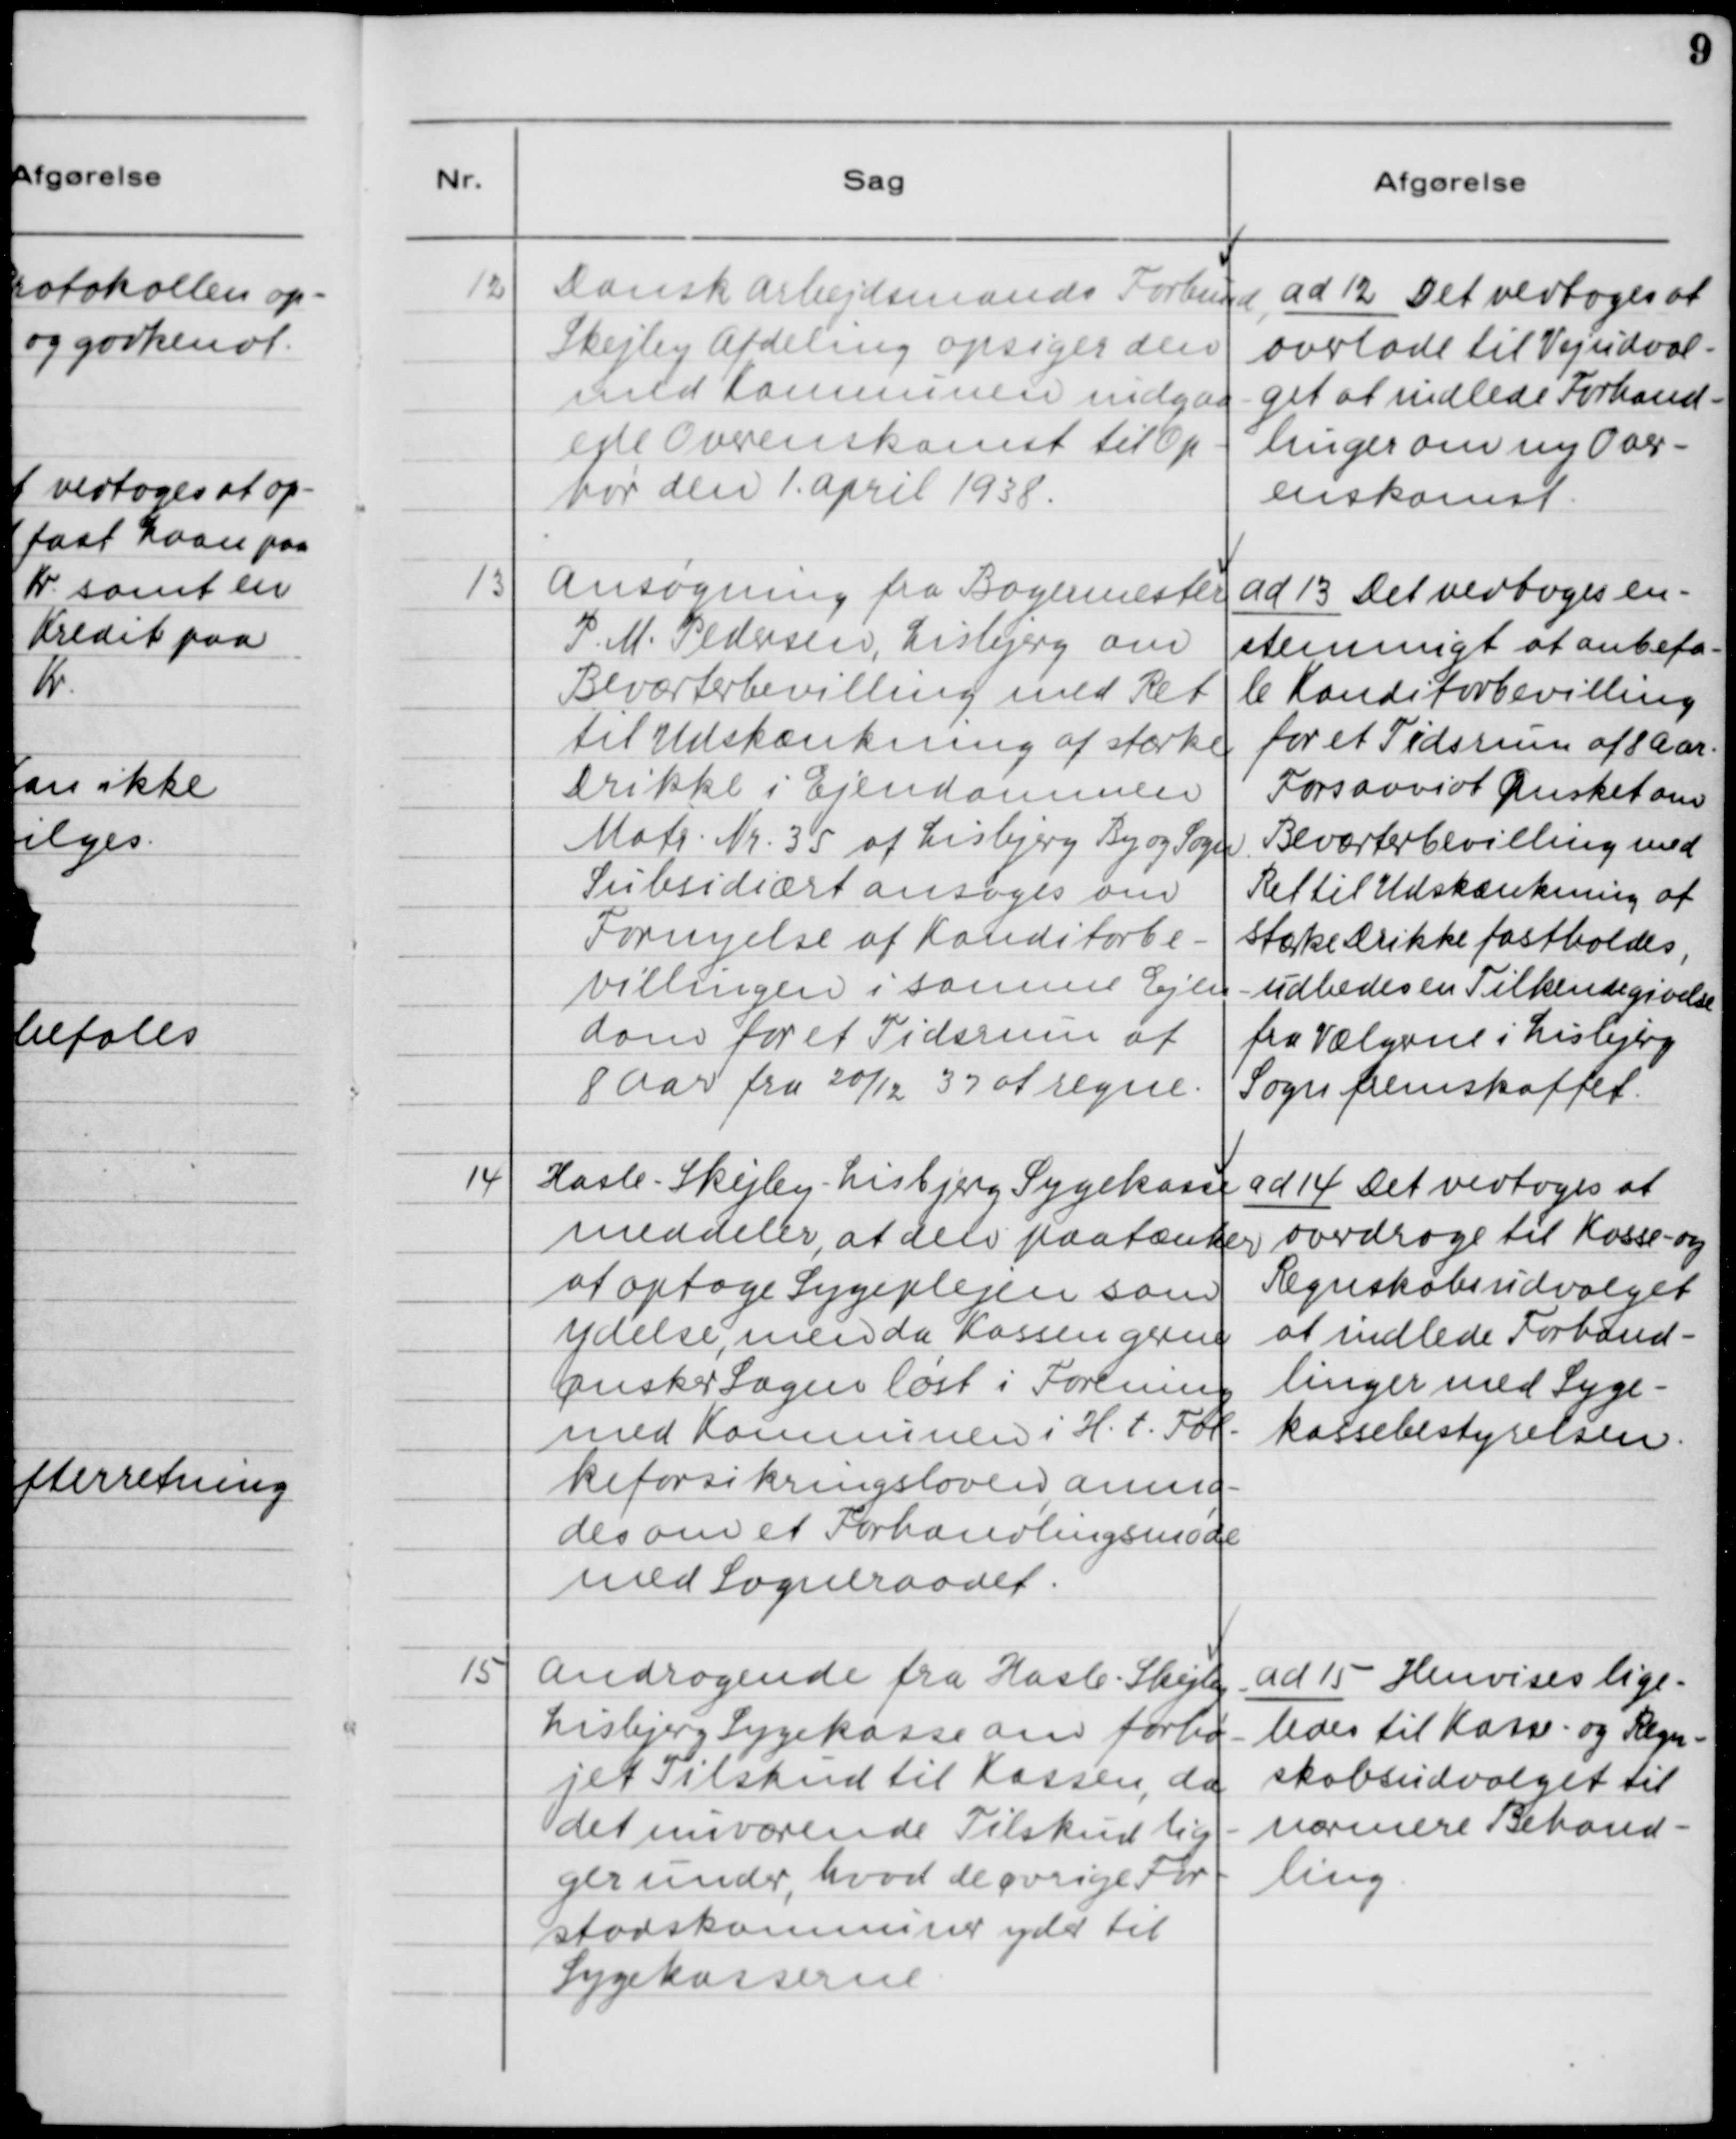
Transskription:
12. Dansk Arbejdsmands Forbund,
Skejby Afdeling opsiger den
med Kommunen indgaa-
ede Overenskomst med Op-
hør den 1. April 1938.

ad 12. Det vedtoges at
overlade til Vejudvalget-
get at indlede Forhand-
linger om ny Over-
enskomst.

13. Ansøgning fra Bagermester
P. M. Pedersen, Lisbjerg om
Beværterbevilling med Ret
til Udskænkning af stærke
Drikke i Ejendommen
Matr. Nr. 35 af Lisbjerg By og Sogn.
Subsidiært ansøges om
Fornyelse af Konditorbe-
villing i samme Ejen-
dom for et Tidsrum af
8 Aar fra 20/12 32 at regne.

ad 13. Det vedtoges en-
stemmigt at anbefa-
le Konditorbevilling
for et tidsrum af 8 Aar.
Forsaavidt Ønsket om
Beværterbevilling med
Ret til Udskænkning af
stærke Drikke fastholdes,
udbedes en Tilkendegivelse
fra Vælgerne i Lisbjerg
Sogn fremskaffet.

14. Hasle - Skejby - Lisbjerg Sygekasse
meddeler, at den paatænker
at optage Sygeplejen som
ydelse, men da Kassen gerne
ønsker Sagen løst i Forening
med Kommunen i H. t. Fol-
keforsikringensloven, anmo-
des om et Forhandlingsmøde
med Sogneraadet.

ad 14. Det vedtoges at
overdrage til Kasse- og
Regnskabsudvalget
at indlede Forhand-
linger med Syge-
kassebestyrelsen.

15. Andragende fra Hasle - Skejby -
Lisbjerg Sygekasse om forhø-
jet Tilskud til Kassen, da
det nuværende Tilskud lig-
ger under, hvad de øvrige For-
stadskommuner yder til
Sygekasserne.

ad 15. Henvises lige-
ledes til Kasse- og Regn-
skabsudvalget til
nærmere Behand-
ling,